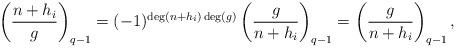
LaTeX: \begin{align*}\left(\frac{n + h_i}{g}\right)_{q - 1} = (-1)^{\deg(n + h_i)\deg(g)}\left(\frac{g}{n + h_i}\right)_{q - 1} = \left(\frac{g}{n + h_i}\right)_{q - 1},\end{align*}